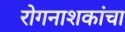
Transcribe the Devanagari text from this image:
रोगनाशकांचा